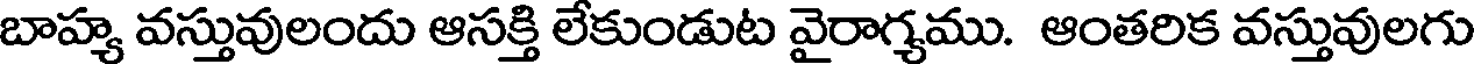
బాహ్య వస్తువులందు ఆసక్తి లేకుండుట వైరాగ్యము. ఆంతరిక వస్తువులగు